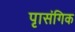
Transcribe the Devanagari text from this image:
पृासंगिक